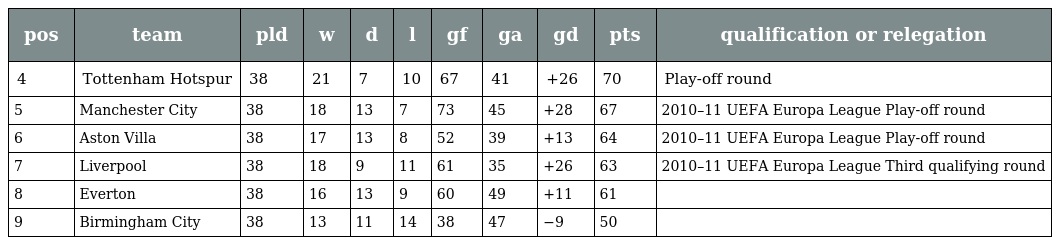
| pos | team | pld | w | d | l | gf | ga | gd | pts | qualification or relegation |
 | --- | --- | --- | --- | --- | --- | --- | --- | --- | --- | --- |
 | 4 | Tottenham Hotspur | 38 | 21 | 7 | 10 | 67 | 41 | +26 | 70 | Play-off round |
 | 5 | Manchester City | 38 | 18 | 13 | 7 | 73 | 45 | +28 | 67 | 2010–11 UEFA Europa League Play-off round |
 | 6 | Aston Villa | 38 | 17 | 13 | 8 | 52 | 39 | +13 | 64 | 2010–11 UEFA Europa League Play-off round |
 | 7 | Liverpool | 38 | 18 | 9 | 11 | 61 | 35 | +26 | 63 | 2010–11 UEFA Europa League Third qualifying round |
 | 8 | Everton | 38 | 16 | 13 | 9 | 60 | 49 | +11 | 61 |  |
 | 9 | Birmingham City | 38 | 13 | 11 | 14 | 38 | 47 | −9 | 50 |  |